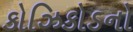
કોઝિકોડનો